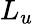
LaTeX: L_{u}